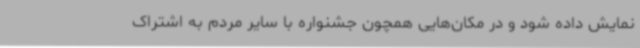
نمایش داده شود و در مکان‌هایی همچون جشنواره با سایر مردم به اشتراک